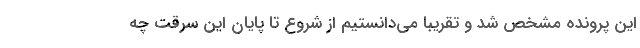
این پرونده مشخص شد و تقریبا می‌دانستیم از شروع تا پایان این سرقت چه